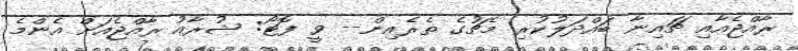
ރާއްޖެއާއި ޗައިނާ ބައްދަލުކުރި މެޗުގެ ތެރެއިން-- ވީ ފޮޓޯ: ޝުރާއު ރާއްޖެއަށް އެންމެ